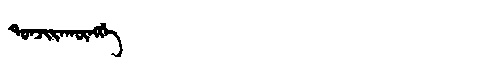
Manchu: ᡨᠣᠨᠵᡳᡵᠠᡴᡡᠩᡤᡝ
Romanization: TONJIRAKŪNGGE